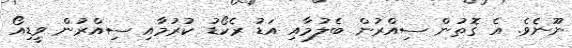
ނޫނެވެ. އެ ގޮތުން ސިއްރުން ބެލުމާއި އަޑު ރެކޯޑު ކުރުމާއި ސިއްރުން ވީޑިއޯ